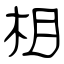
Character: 相